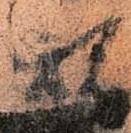
規